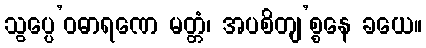
သွပ္ပေ’ဝဓာရဏေ မတ္တံ၊ အပစိတျ’စ္စနေ ခယေ။